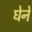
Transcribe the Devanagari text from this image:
घेने